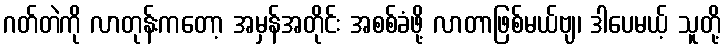
ဂတ်တဲကို လာတုန်းကတော့ အမှန်အတိုင်း အစစ်ခံဖို့ လာတာဖြစ်မယ်ဗျ၊ ဒါပေမယ့် သူတို့